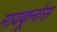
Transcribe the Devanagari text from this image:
मायकूनोस